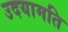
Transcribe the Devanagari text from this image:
उदयामति